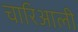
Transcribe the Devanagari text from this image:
चारिआली